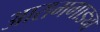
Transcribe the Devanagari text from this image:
आरामगाड्या